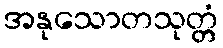
အနုသောတသုတ္တံ